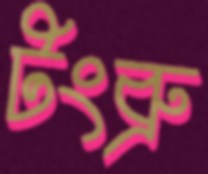
টংব্রু